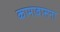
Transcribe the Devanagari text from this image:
कामावासना